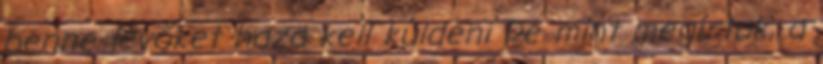
benne lévőket haza kell küldeni De mint megírtuk, a